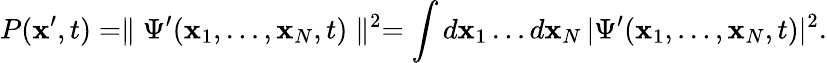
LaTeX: P({\mathbf x}^{\prime},t)=\parallel\Psi^{\prime}({\mathbf x}_{1},\ldots,{\mathbf x}_{N},t)\parallel^{2}=\int d{\mathbf x}_{1}\ldots d{\mathbf x}_{N}\, |\Psi^{\prime}({\mathbf x}_{1},\ldots,{\mathbf x}_{N},t)|^{2}.